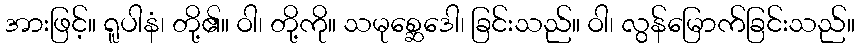
အားဖြင့်။ ရူပါနံ၊ တို့၏။ ဝါ၊ တို့ကို။ သမုစ္ဆေဒေါ၊ ခြင်းသည်။ ဝါ၊ လွန်မြောက်ခြင်းသည်။